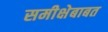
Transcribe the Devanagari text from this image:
समीक्षेबाबत